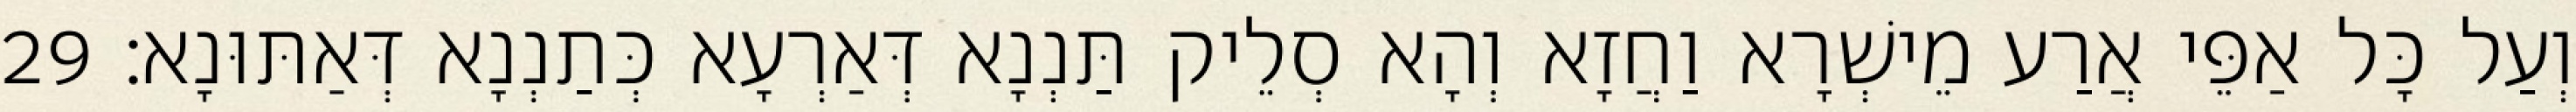
וְעַל כָּל אַפֵּי אֲרַע מֵישְׁרָא וַחֲזָא וְהָא סְלֵיק תַּנְנָא דְּאַרְעָא כְּתַנְנָא דְּאַתּוּנָא׃ 29